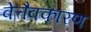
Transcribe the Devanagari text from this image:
वेत्तैक्कारण